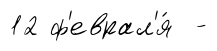
12 ф'еврал'я́ -